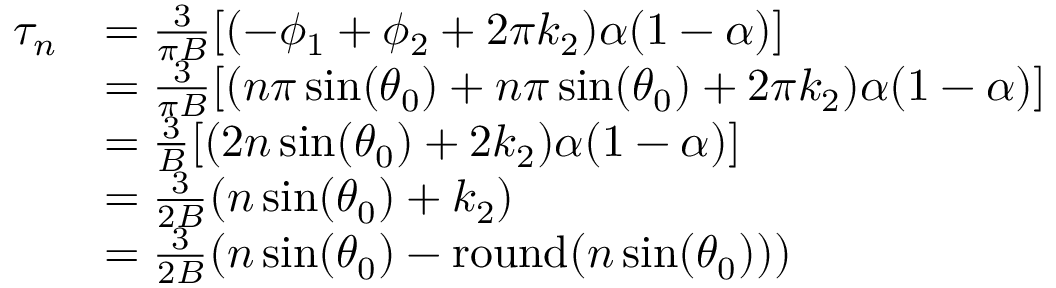
\begin{array} { r l } { \tau _ { n } } & { = \frac { 3 } { \pi B } [ ( - \phi _ { 1 } + \phi _ { 2 } + 2 \pi k _ { 2 } ) \alpha ( 1 - \alpha ) ] } \\ & { = \frac { 3 } { \pi B } [ ( n \pi \sin ( \theta _ { 0 } ) + n \pi \sin ( \theta _ { 0 } ) + 2 \pi k _ { 2 } ) \alpha ( 1 - \alpha ) ] } \\ & { = \frac { 3 } { B } [ ( 2 n \sin ( \theta _ { 0 } ) + 2 k _ { 2 } ) \alpha ( 1 - \alpha ) ] } \\ & { = \frac { 3 } { 2 B } ( n \sin ( \theta _ { 0 } ) + k _ { 2 } ) } \\ & { = \frac { 3 } { 2 B } ( n \sin ( \theta _ { 0 } ) - \mathrm { r o u n d } ( n \sin ( \theta _ { 0 } ) ) ) } \end{array}